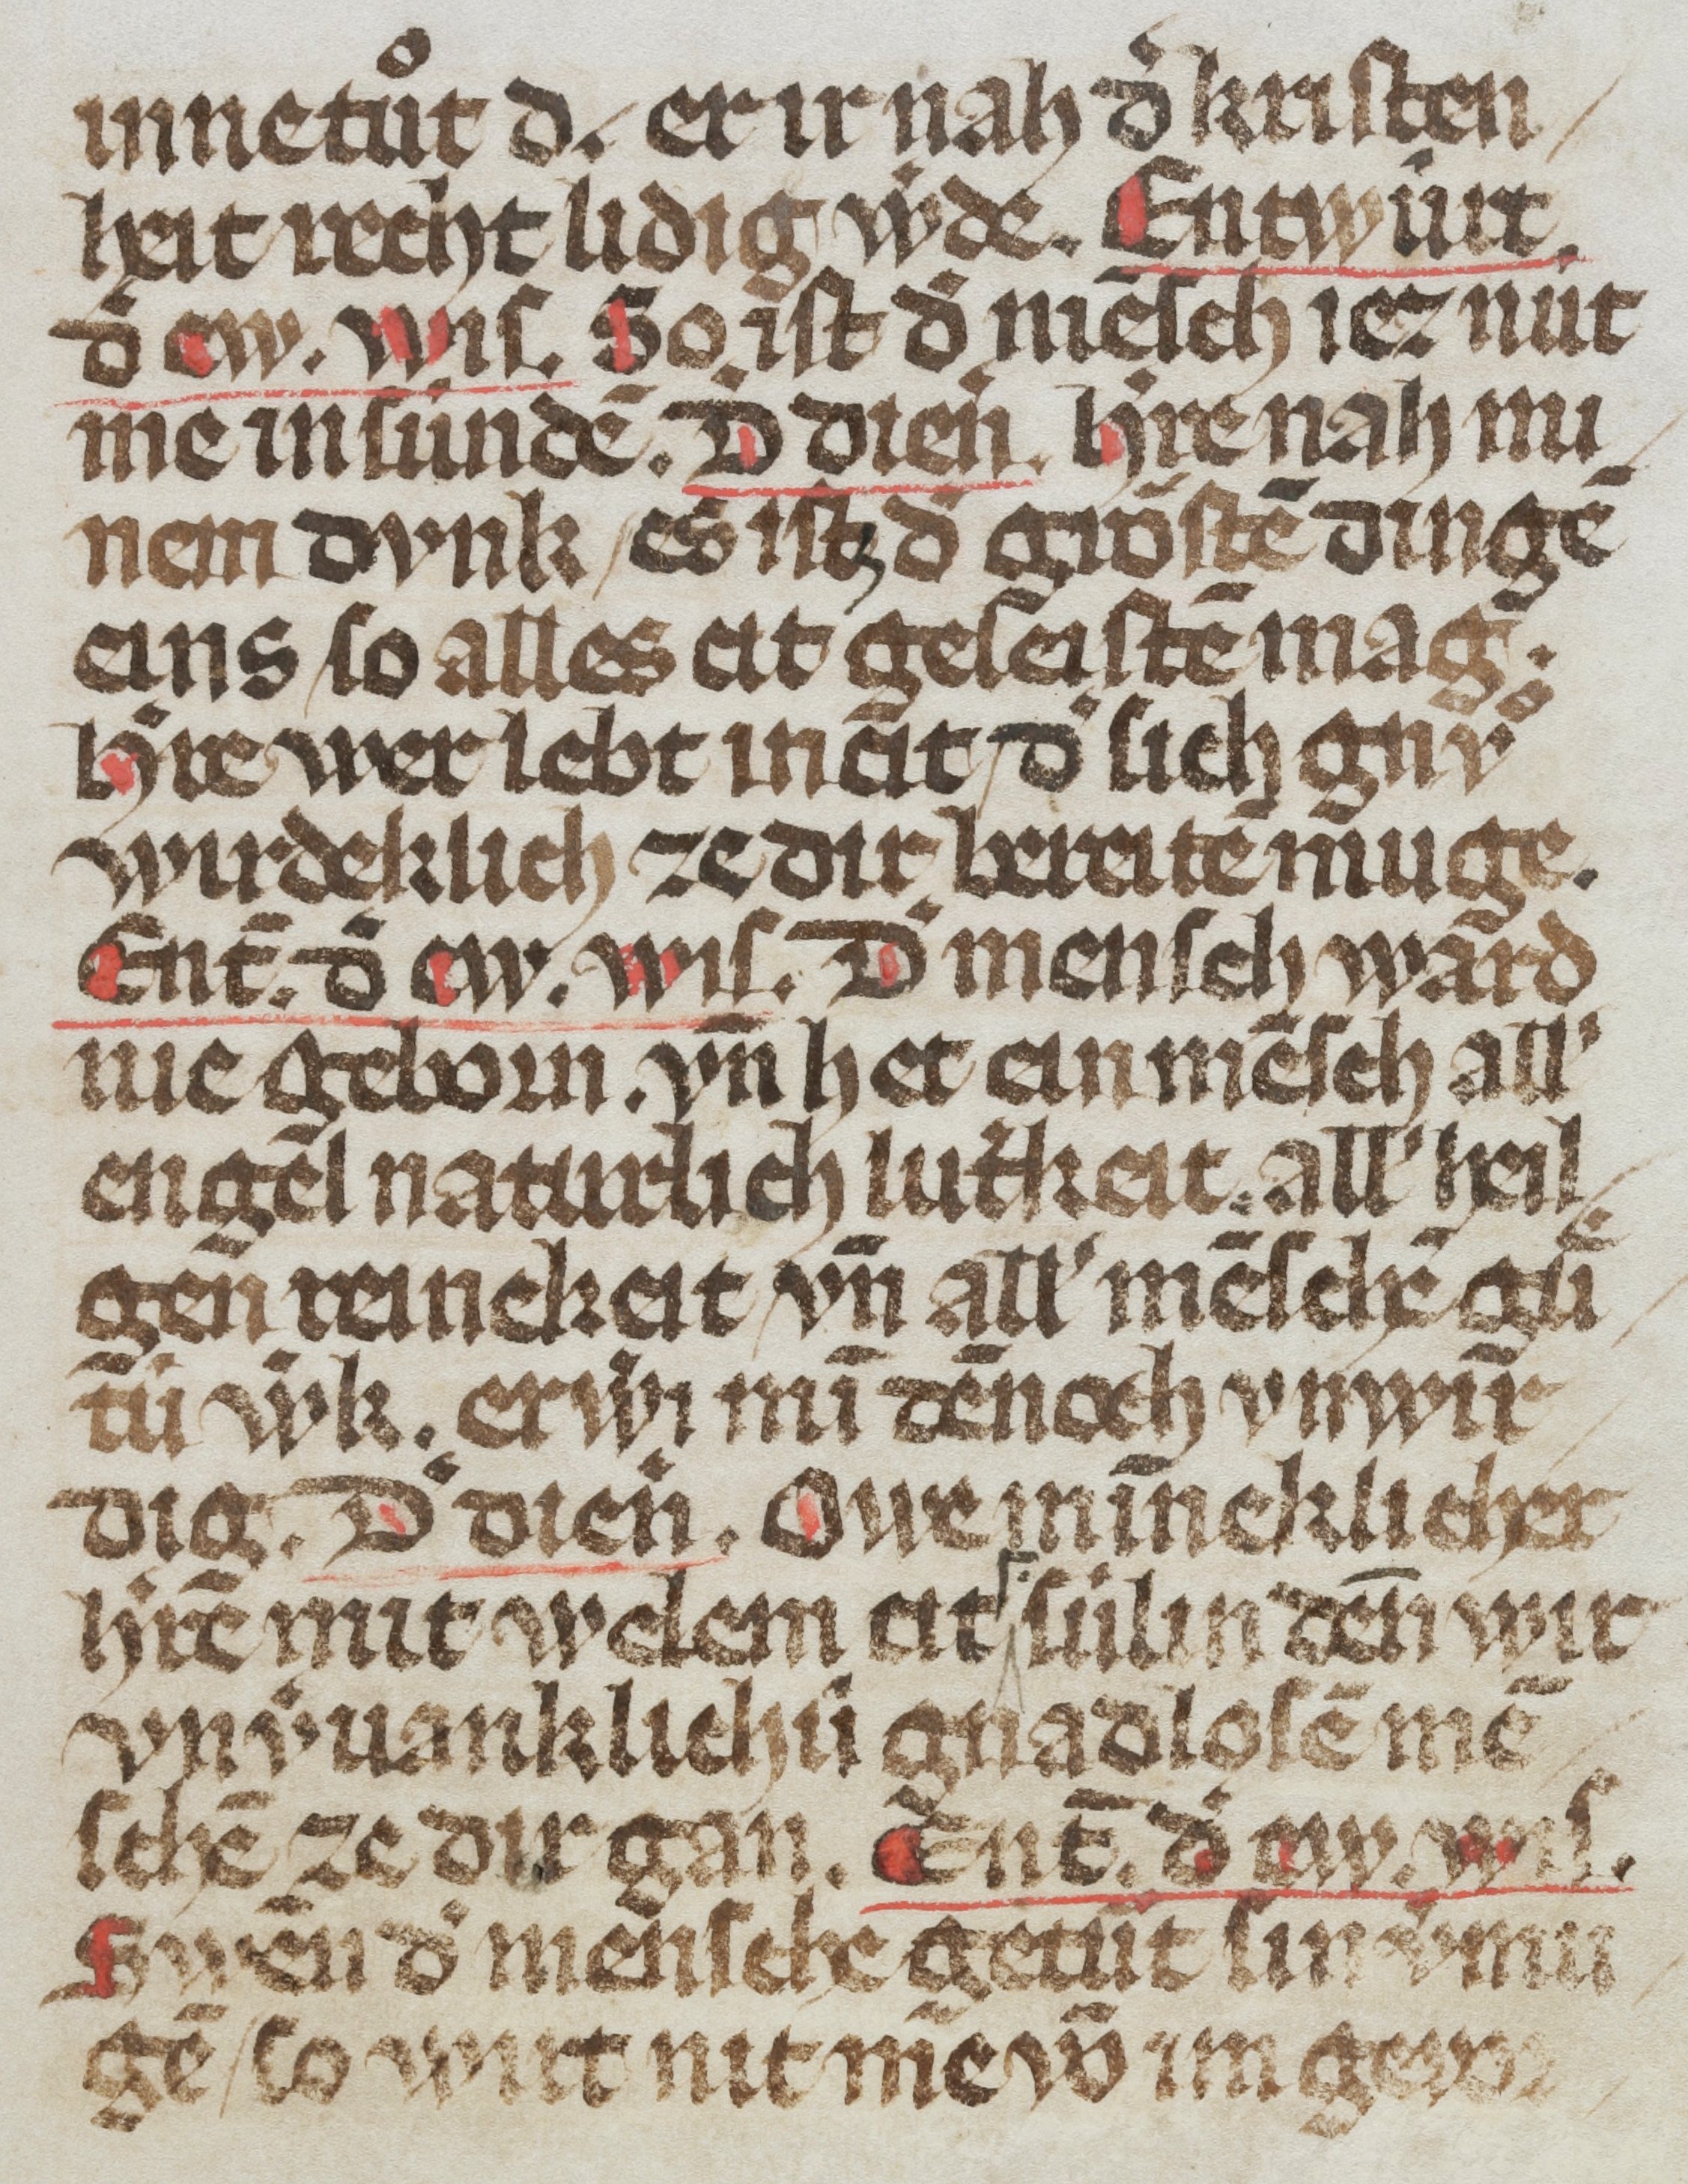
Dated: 1300–1399